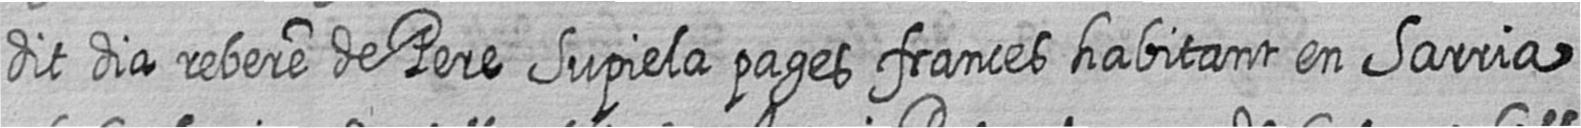
dit dia rebere de Pere Supiela pages frances habitant en Sarria